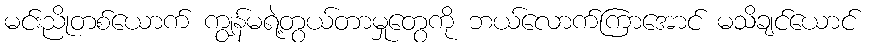
မင်းညိုတစ်ယောက် ကျွန်မရဲ့တွယ်တာမှုတွေကို ဘယ်လောက်ကြာအောင် မသိချင်ယောင်